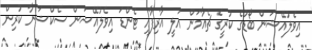
އިވެލުއޭޝަން ބޯޑުގެ ކުރީގެ ޗެއާމަން އަލީ އާރިފާއި ޓެންޑަ އިވެލުއޭޝަން ސެކްޝަނާ ކުރިން